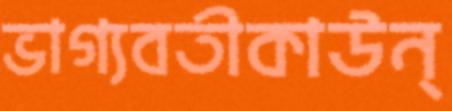
ভাগ্যবতীকাউন্